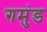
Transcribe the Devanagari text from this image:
गमुंड